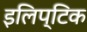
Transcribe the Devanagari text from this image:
इलिप्टिक